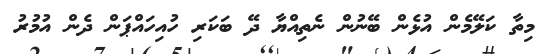
މިތާ ކަލޭމެން އުޅެން ބޭނުން ނެތިއްޔާ ދޭ ބަކަރި ހުއިހައްޕަން ދެން އުމުރު